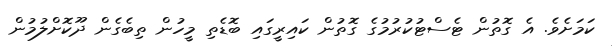
ކަމަށެވެ. އެ ގޮތުން ޓެސްޓުކުރުމުގެ ގޮތުން ކައިރީގައި ބޮޑެތި މީހުން ތިބެގެން ދޫކޮށްލުމުން